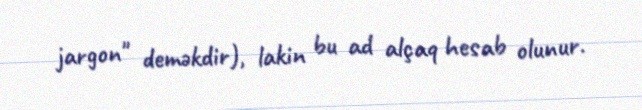
jargon" deməkdir), lakin bu ad alçaq hesab olunur.